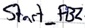
Text: Start_FB2